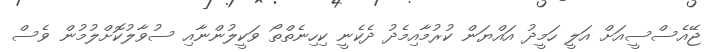
ޖޭއެސްސީއަށް އަލީ ހަމީދު އައްޔަން ކުރުމާއިމެދު ދެކެނީ ކިހިނެތްތޯ ވަކީލުންނާއި ސުވާލުކޮށްލުމުން ވެސް